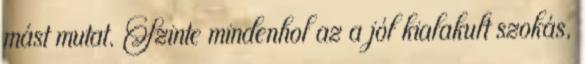
mást mutat. Szinte mindenhol az a jól kialakult szokás,